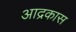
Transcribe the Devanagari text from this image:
आद्रकास